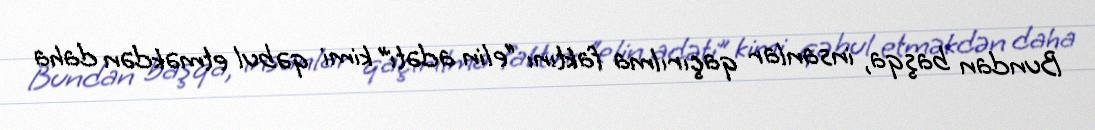
Bundan başqa, insanlar qaçırılma faktını “elin adəti” kimi qəbul etməkdən daha